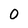
Character: O